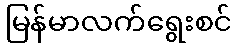
မြန်မာလက်ရွေးစင်